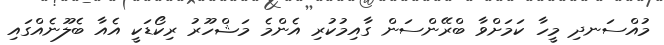
މުއްސަނދި މީހާ ކަމަށްވާ ބްރޭންސަން ގާއިމުކުރި އެންމެ މަޝްހޫރު ރިކޯޑަކީ އެއާ ބެލޫނެއްގައި